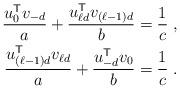
LaTeX: \begin{align*}\frac{u_0^{\sf T} v_{-d}}{a} +\frac{u_{\ell d}^{\sf T} v_{(\ell-1)d}}{b} &= \frac{1}{c} \;, \\\frac{u_{(\ell-1)d}^{\sf T} v_{\ell d}}{a} +\frac{u_{-d}^{\sf T} v_0}{b} &= \frac{1}{c} \;. \end{align*}